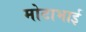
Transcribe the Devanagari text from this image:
मोटाभाई